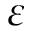
\varepsilon